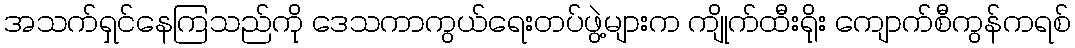
အသက်ရှင်နေကြသည်ကို ဒေသကာကွယ်ရေးတပ်ဖွဲ့များက ကျိုက်ထီးရိုး ကျောက်စီကွန်ကရစ်